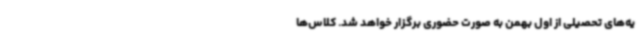
یه‌های تحصیلی از اول بهمن به صورت حضوری برگزار خواهد شد. کلاس‌ها